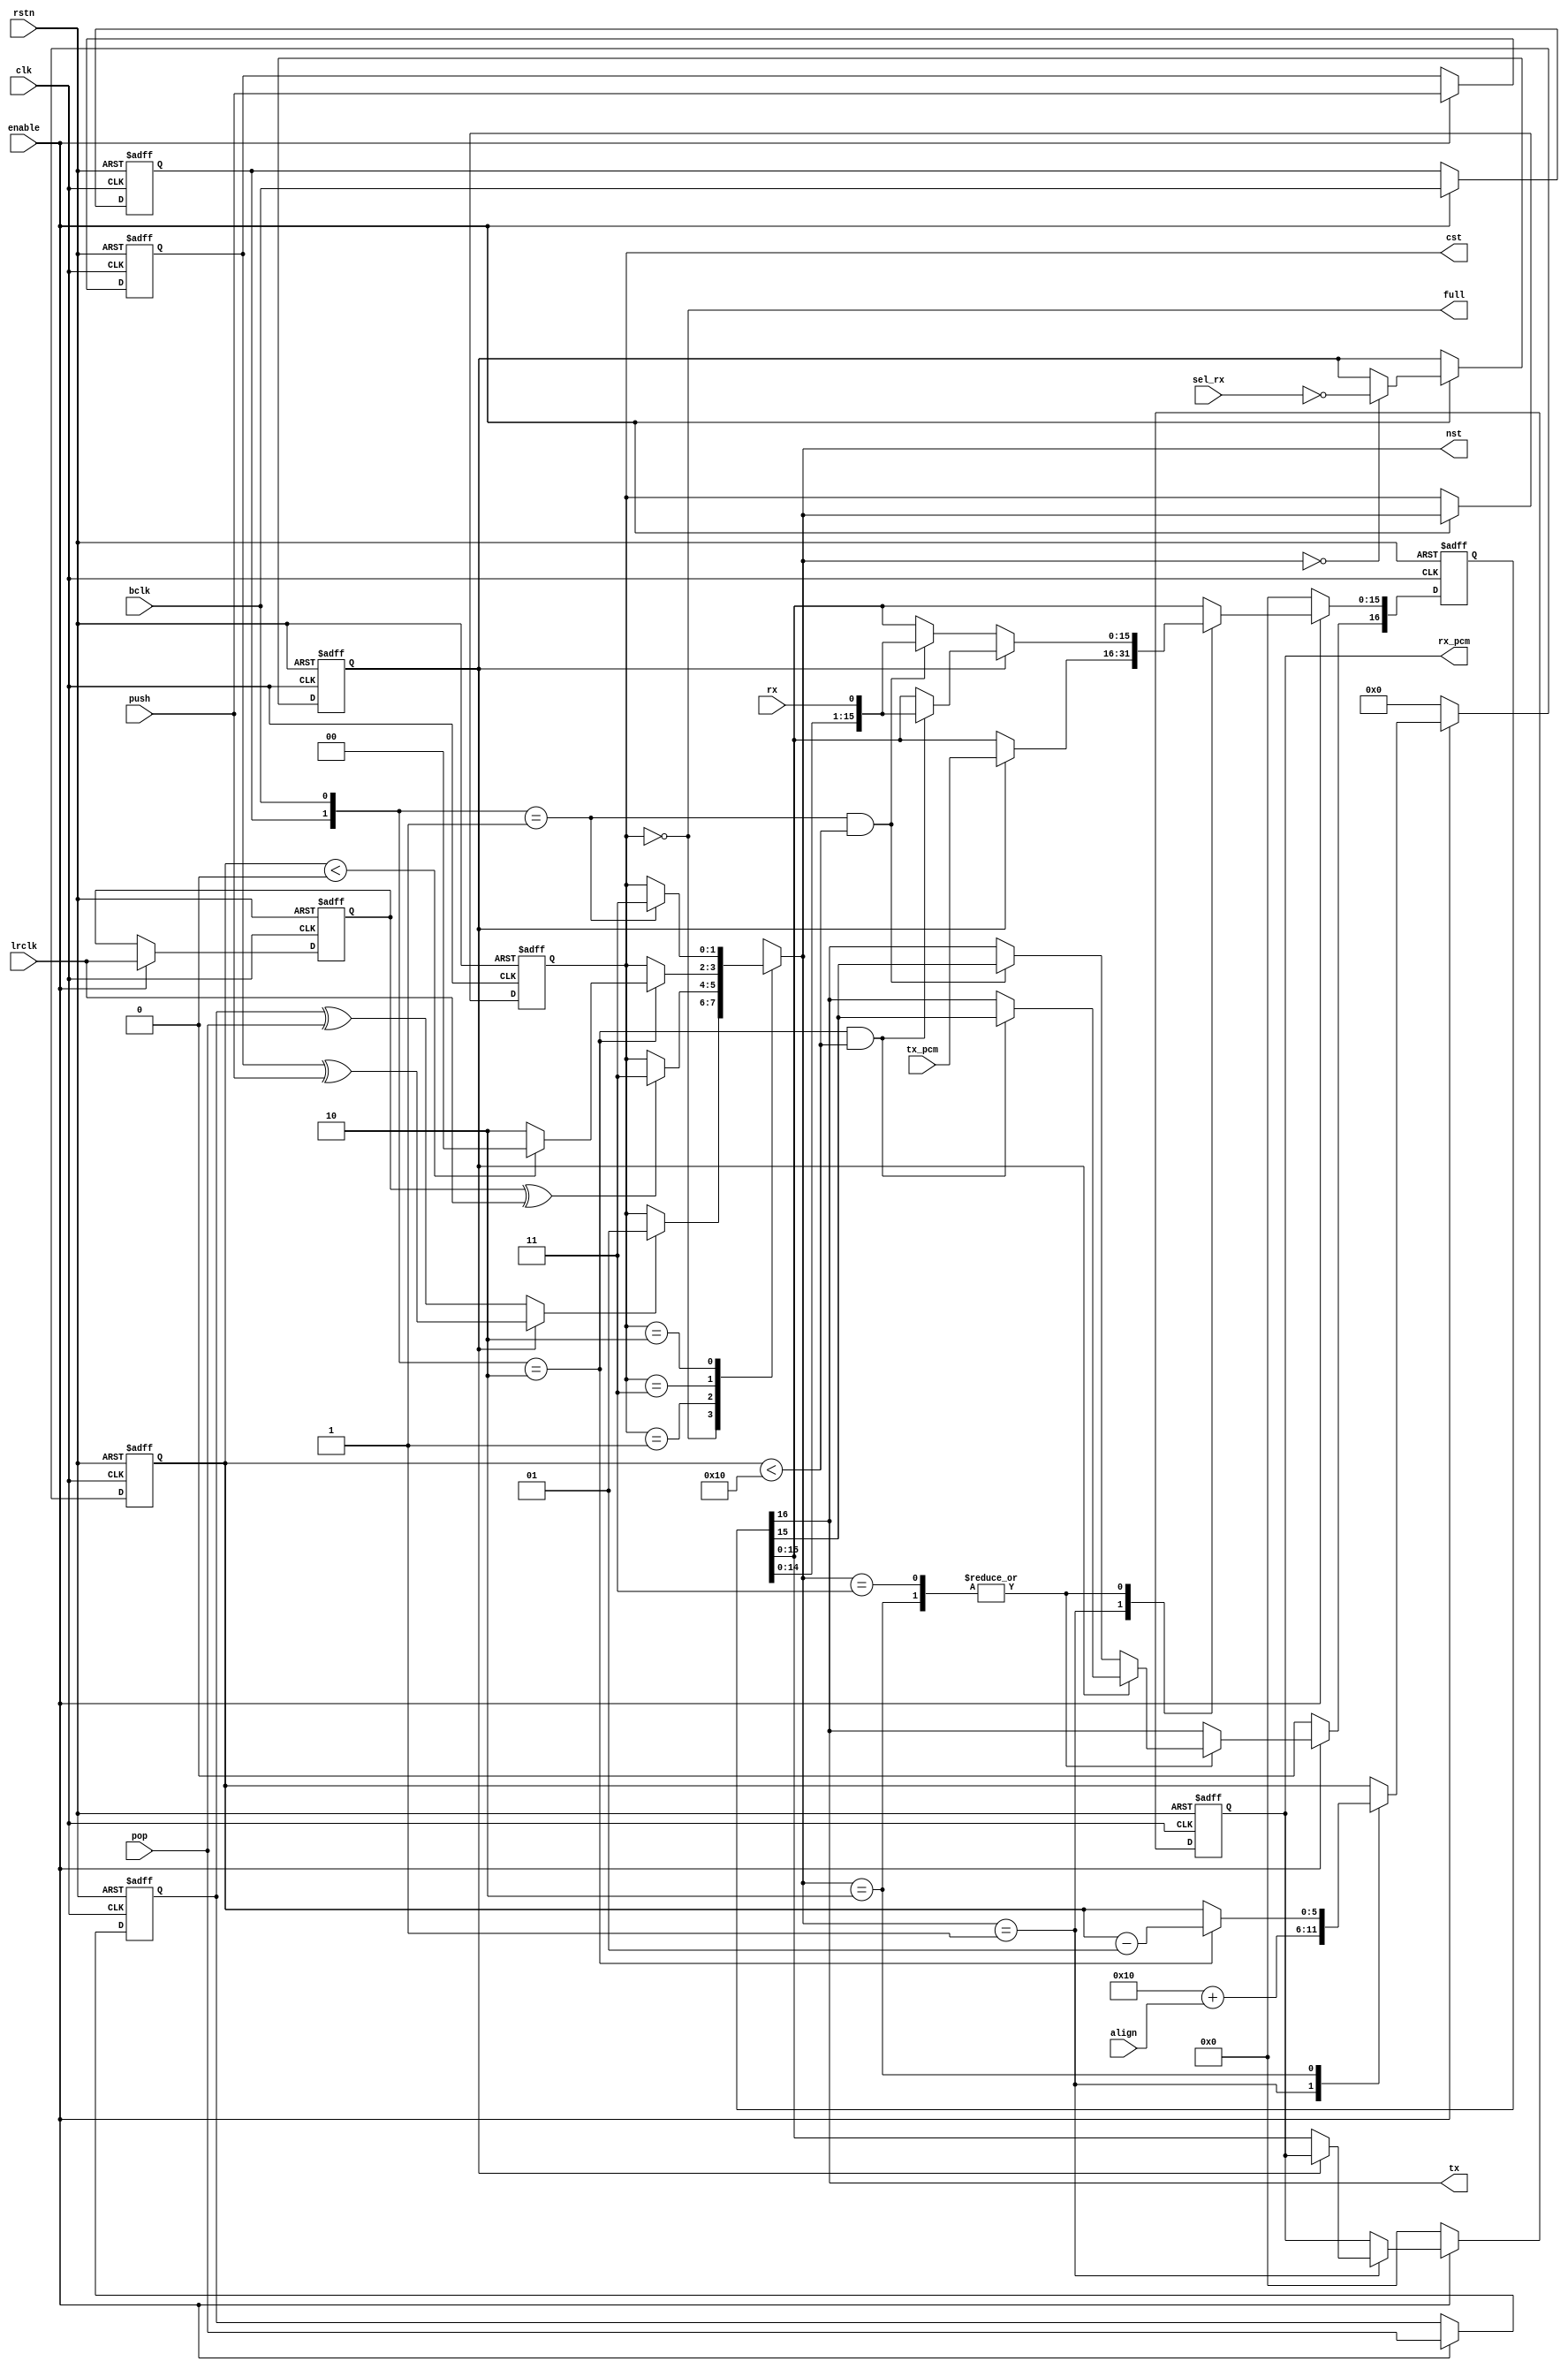
module i2s_mono(
	output full, 
	output reg [1:0] cst, nst, 
	input push, pop, 
	input bclk, lrclk, 
	output reg signed [15:0] rx_pcm, 
	input rx, 
	output tx, 
	input signed [15:0] tx_pcm, 
	input [4:0] align, // left = 0, standard = 1, right: depends
	input sel_rx, 
	input enable, 
	input rstn, clk 
);

reg sel_tx;
reg signed [5:0] bth;
reg [16:0] pcm;
wire for_enable = bth < 16;
wire for_end = bth < 0;
assign tx = pcm[16];
wire [16:0] ash_pcm = {pcm[15:0], rx};
wire signed [5:0] bth0 = 16 + {1'b0, align};

`ifndef GRAY
	`define GRAY(X) (X^(X>>1))
`endif
localparam [1:0]
	st_bth	= `GRAY(3),
	st_bit	= `GRAY(2),
	st_load	= `GRAY(1),
	st_idle	= `GRAY(0);
reg bclk_d, lrclk_d, push_d, pop_d;
always@(negedge rstn or posedge clk) begin
	if(!rstn) begin
		bclk_d <= 1'b0;
		lrclk_d <= 1'b0;
		push_d <= 1'b0;
		pop_d <= 1'b0;
	end
	else if(enable) begin
		bclk_d <= bclk;
		lrclk_d <= lrclk;
		push_d <= push;
		pop_d <= pop;
	end
end
wire bclk_01 = {bclk_d, bclk} == 2'b01;
wire bclk_10 = {bclk_d, bclk} == 2'b10;
wire lrclk_x = lrclk_d ^ lrclk;
wire push_x = push_d ^ push;
wire pop_x = pop_d ^ pop;
always@(negedge rstn or posedge clk) begin
	if(!rstn) cst <= st_idle;
	else if(enable) cst <= nst;
end
always@(*) begin
	case(cst)
		st_idle: nst = (sel_tx ? push_x : pop_x) ? st_load : cst;
		st_load: nst = lrclk_x ? st_bit : cst;
		st_bit: nst = bclk_10 ? (for_end ? st_idle : st_bth) : cst;
		st_bth: nst = bclk_01 ? st_bit : cst;
		default: nst = st_idle;
	endcase
end

assign full = cst == st_idle;

always@(negedge rstn or posedge clk) begin
	if(!rstn) sel_tx <= 1'b0;
	else if(enable) begin
		case(nst)
			st_idle: sel_tx <= ~sel_rx;
			default: sel_tx <= sel_tx;
		endcase
	end
end

always@(negedge rstn or posedge clk) begin
	if(!rstn) bth <= 0;
	else if(enable) begin
		case(nst)
			st_load: bth <= bth0;
			st_bth: if(bclk_10) bth <= bth - 1;
			default: bth <= bth;
		endcase
	end
	else bth <= 0;
end

always@(negedge rstn or posedge clk) begin
	if(!rstn) begin
		pcm <= 0;
		rx_pcm <= 0;
	end
	else if(enable) begin
		case(nst)
			st_load: begin
				if(sel_tx) pcm[15:0] <= tx_pcm;
				else rx_pcm <= pcm[15:0];
			end
			st_bit, st_bth: begin
				if(sel_tx) begin
					if(bclk_10 && for_enable) pcm <= ash_pcm;
				end
				else begin
					if(bclk_01 && for_enable) pcm <= ash_pcm;
				end
			end
			default: begin
				pcm <= pcm;
				rx_pcm <= rx_pcm;
			end
		endcase
	end
	else begin
		pcm <= 0;
		rx_pcm <= 0;
	end
end

endmodule